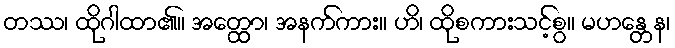
တဿ၊ ထိုဂါထာ၏။ အတ္ထော၊ အနက်ကား။ ဟိ၊ ထိုစကားသင့်စွ။ မဟန္တေန၊